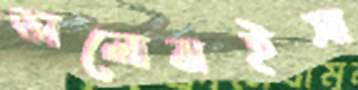
ভালোবাইসা